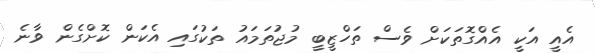
އެއީ އަކީ އެއްގޮތަކަށް ވެސް ތަހްޒީބީ މުޖުތަމައު ތަކުގައި އެކަން ކޮށްގެން ވާނެ